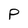
Character: P